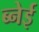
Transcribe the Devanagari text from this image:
ब्नेई